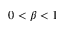
0 < \beta < 1